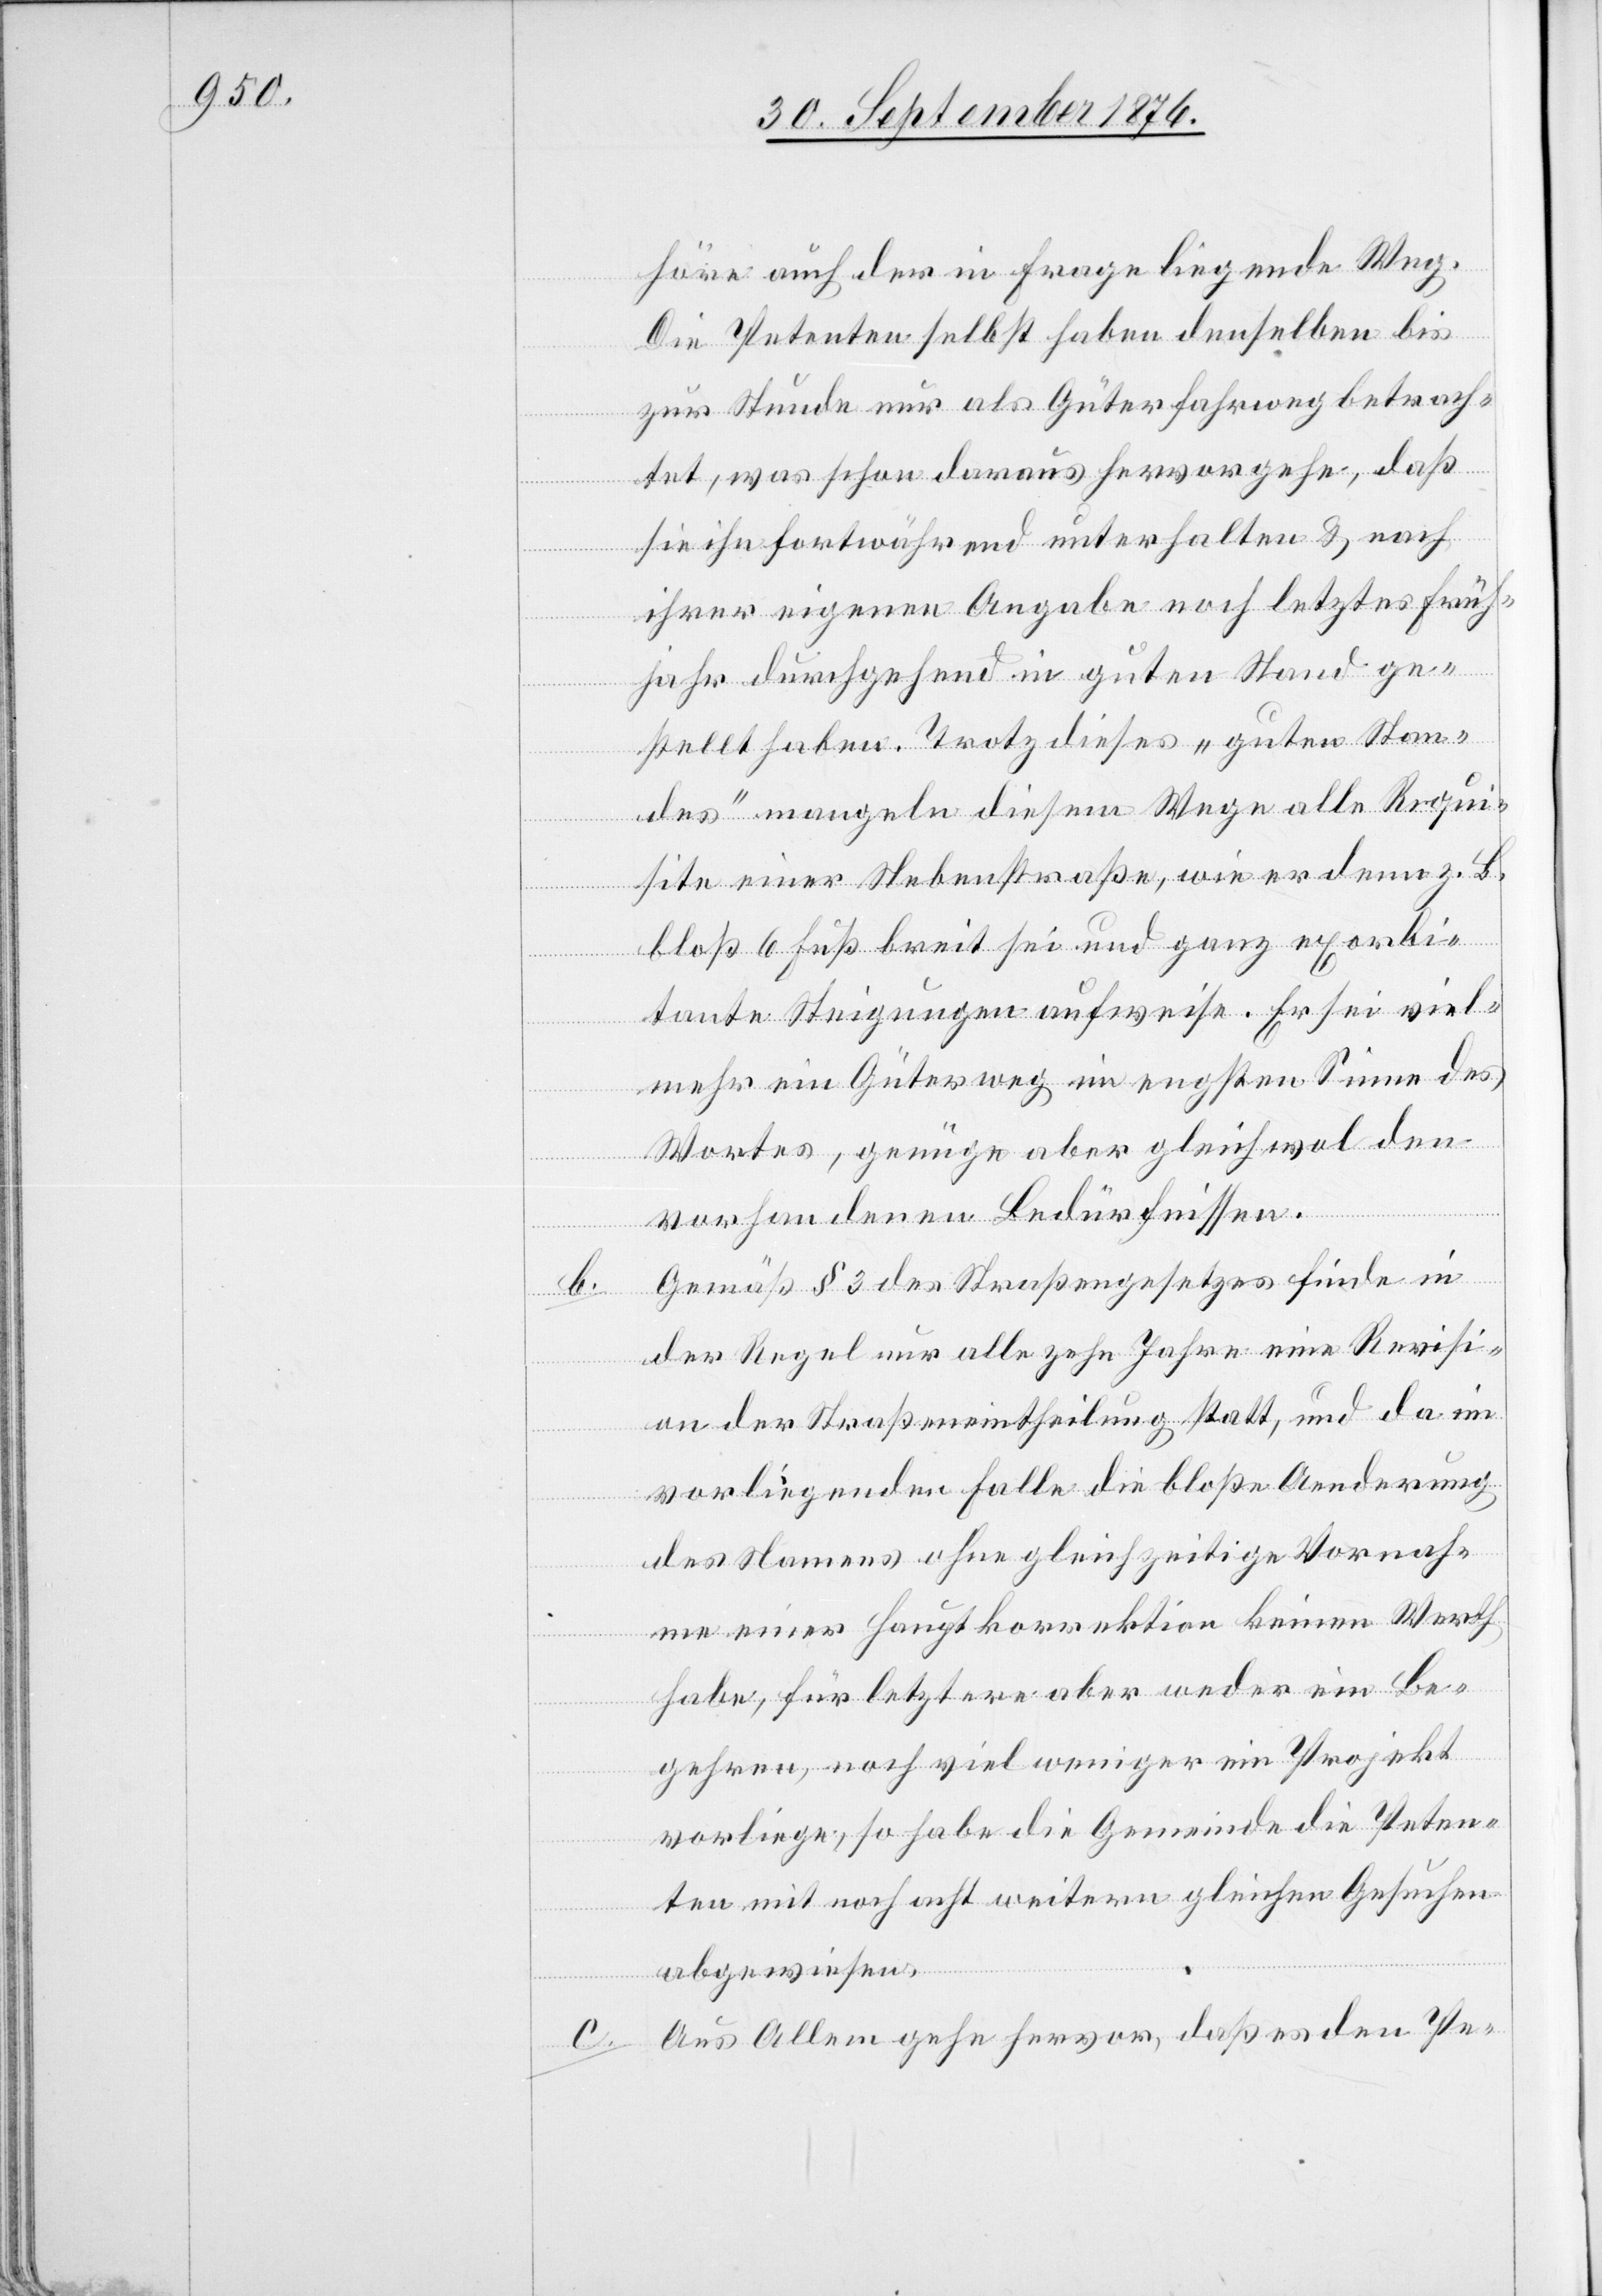
b.

höre auch der in Frage liegende Weg.
Die Petenten selbst haben denselben bis
zur Stunde nur als Güterfahrweg betrach¬
tet, was schon daraus hervorgehe, daß
sie ihn fortwährend unterhalten & nach
ihrer eigenen Angabe noch letztes Früh¬
jahr durchgehend in guten Stand ge¬
stellt haben. Trotz dieses „guten Stan¬
des“ mangeln diesem Wege alle Requi¬
site einer Nebenstraße, wie er denn z. B.
bloß 6 Fuß breit sei und ganz exorbi¬
tante Steigungen aufweise. Er sei viel¬
mehr ein Güterweg im engsten Sinne des
Wortes, genüge aber gleichwol den
vorhandenen Bedürfnissen.
Gemäß § 3 des Straßengesetzes finde in
der Regel nur alle zehn Jahre eine Revisi¬
on der Straßeneintheilung statt, und da im
vorliegenden Falle die bloße Aenderung
des Namens ohne gleichzeitige Vornah¬
me einer Hauptkorrektion keinen Werth
habe, für letztere aber weder ein Be¬
gehren, noch viel weniger ein Projekt
vorliege, so habe die Gemeinde die Peten¬
ten mit noch acht weitern gleichen Gesuchen
abgewiesen.
Aus Allem gehe hervor, daß es den Pe-